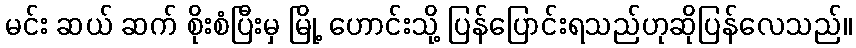
မင်း ဆယ် ဆက် စိုးစံပြီးမှ မြို့ ဟောင်းသို့ ပြန်ပြောင်းရသည်ဟုဆိုပြန်လေသည်။